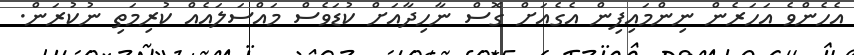
އެހެންވެ އަހަރެން ނިންމައިފިން އެގެއަށް ގޮސް ނާހިދާއަށް ކުޑަވެސް މައްސަލައެއް ކުރިމަތި ނުކުރަން.